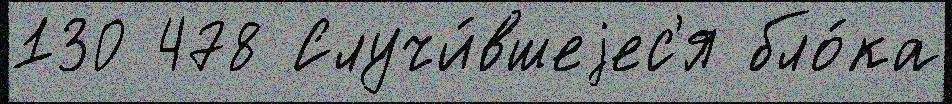
130 478 Случи́вшеjес'я бло́ка